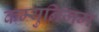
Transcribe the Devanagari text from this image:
कम्युनिजम